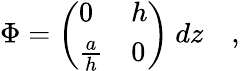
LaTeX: \Phi=\left(\begin{array}{ll}{{0}}&{{h}}\\ {{{\frac{a}{h}}}}&{{0}}\end{array}\right)~dz\quad,